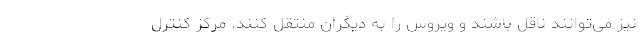
نیز می‌توانند ناقل باشند و ویروس را به دیگران منتقل کنند. مرکز کنترل